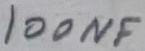
Text: 100nF